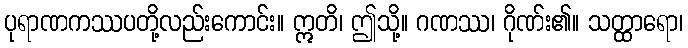
ပုရာဏကဿပတို့လည်းကောင်း။ ဣတိ၊ ဤသို့။ ဂဏဿ၊ ဂိုဏ်း၏။ သတ္ထာရော၊